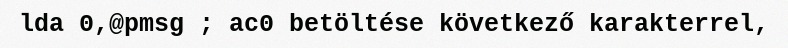
lda 0,@pmsg ; ac0 betöltése következő karakterrel,